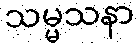
သမ္မသနာ